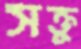
সক্তু